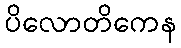
ပိလောတိကေန